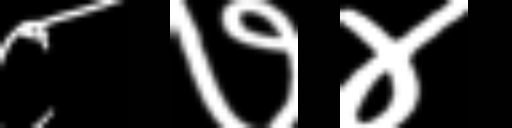
Text: ८७४